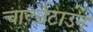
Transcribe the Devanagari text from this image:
चार्ल्ज़टाउन